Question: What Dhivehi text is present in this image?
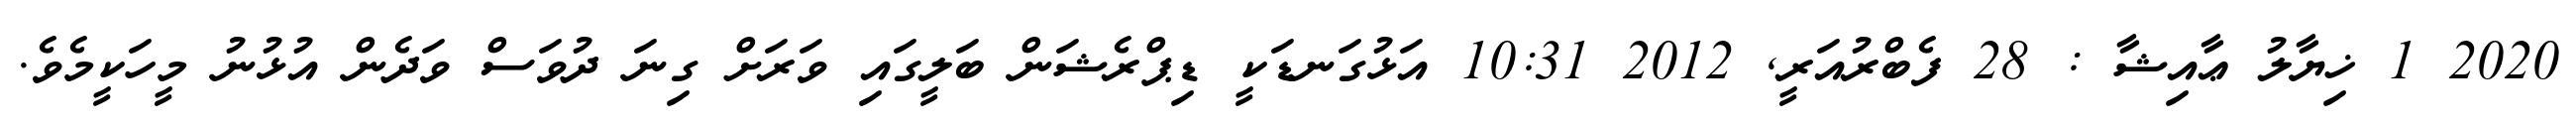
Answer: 2020 1 ޚިޔާލު ޢާއިޝާ : 28 ފެބްރުއަރީ, 2012 10:31 އަޅުގަނޑަކީ ޑިޕްރެޝަން ބަލީގައި ވަރަށް ގިނަ ދުވަސް ވަދެން އުޅުނު މީހަކީމެވެ.